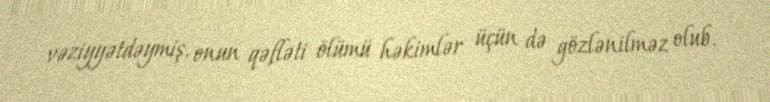
vəziyyətdəymiş, onun qəfləti ölümü həkimlər üçün də gözlənilməz olub.